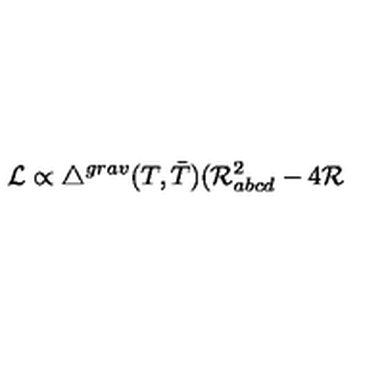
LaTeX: { \cal L } \propto { { \triangle } ^ { g r a v } } ( T , { \bar { T } } ) ( { \cal R } _ { a b c d } ^ { 2 } - 4 { \cal R }